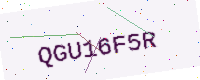
Text: QGU16F5R